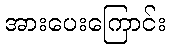
အားပေးကြောင်း